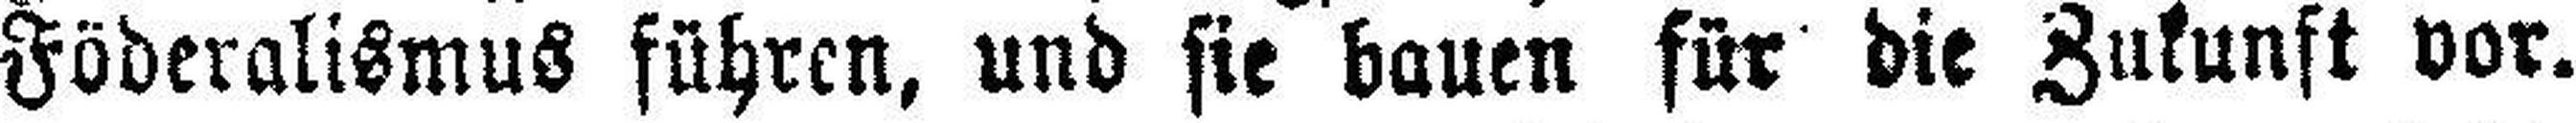
Föderalismus führen, und sie bauen für die Zukunft vor.